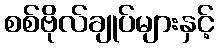
စစ်ဗိုလ်ချုပ်များနှင့်